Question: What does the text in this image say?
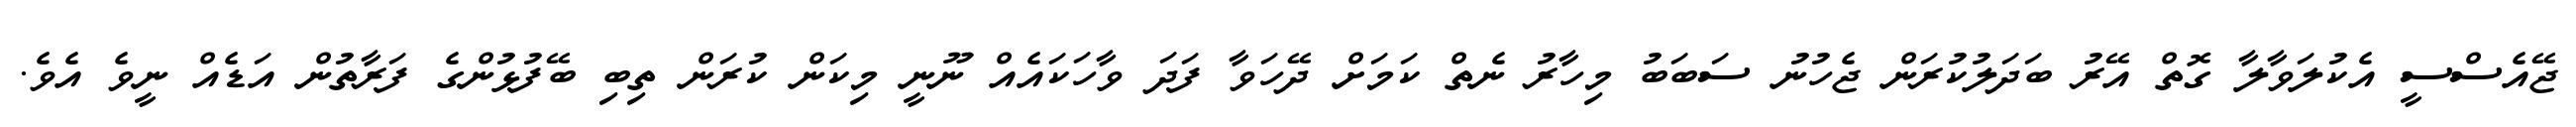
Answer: ޖޭއެސްސީ އެކުލަވާލާ ގޮތް އޭރު ބަދަލުކުރަން ޖެހުނު ސަބަބު މިހާރު ނެތް ކަމަށް ދޭހަވާ ފަދަ ވާހަކައެއް ނޫނީ މިކަން ކުރަން ތިބި ބޭފުޅުންގެ ފަރާތުން އަޑެއް ނީވެ އެވެ.